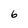
Character: 6